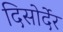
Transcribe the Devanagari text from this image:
दिसोर्देर